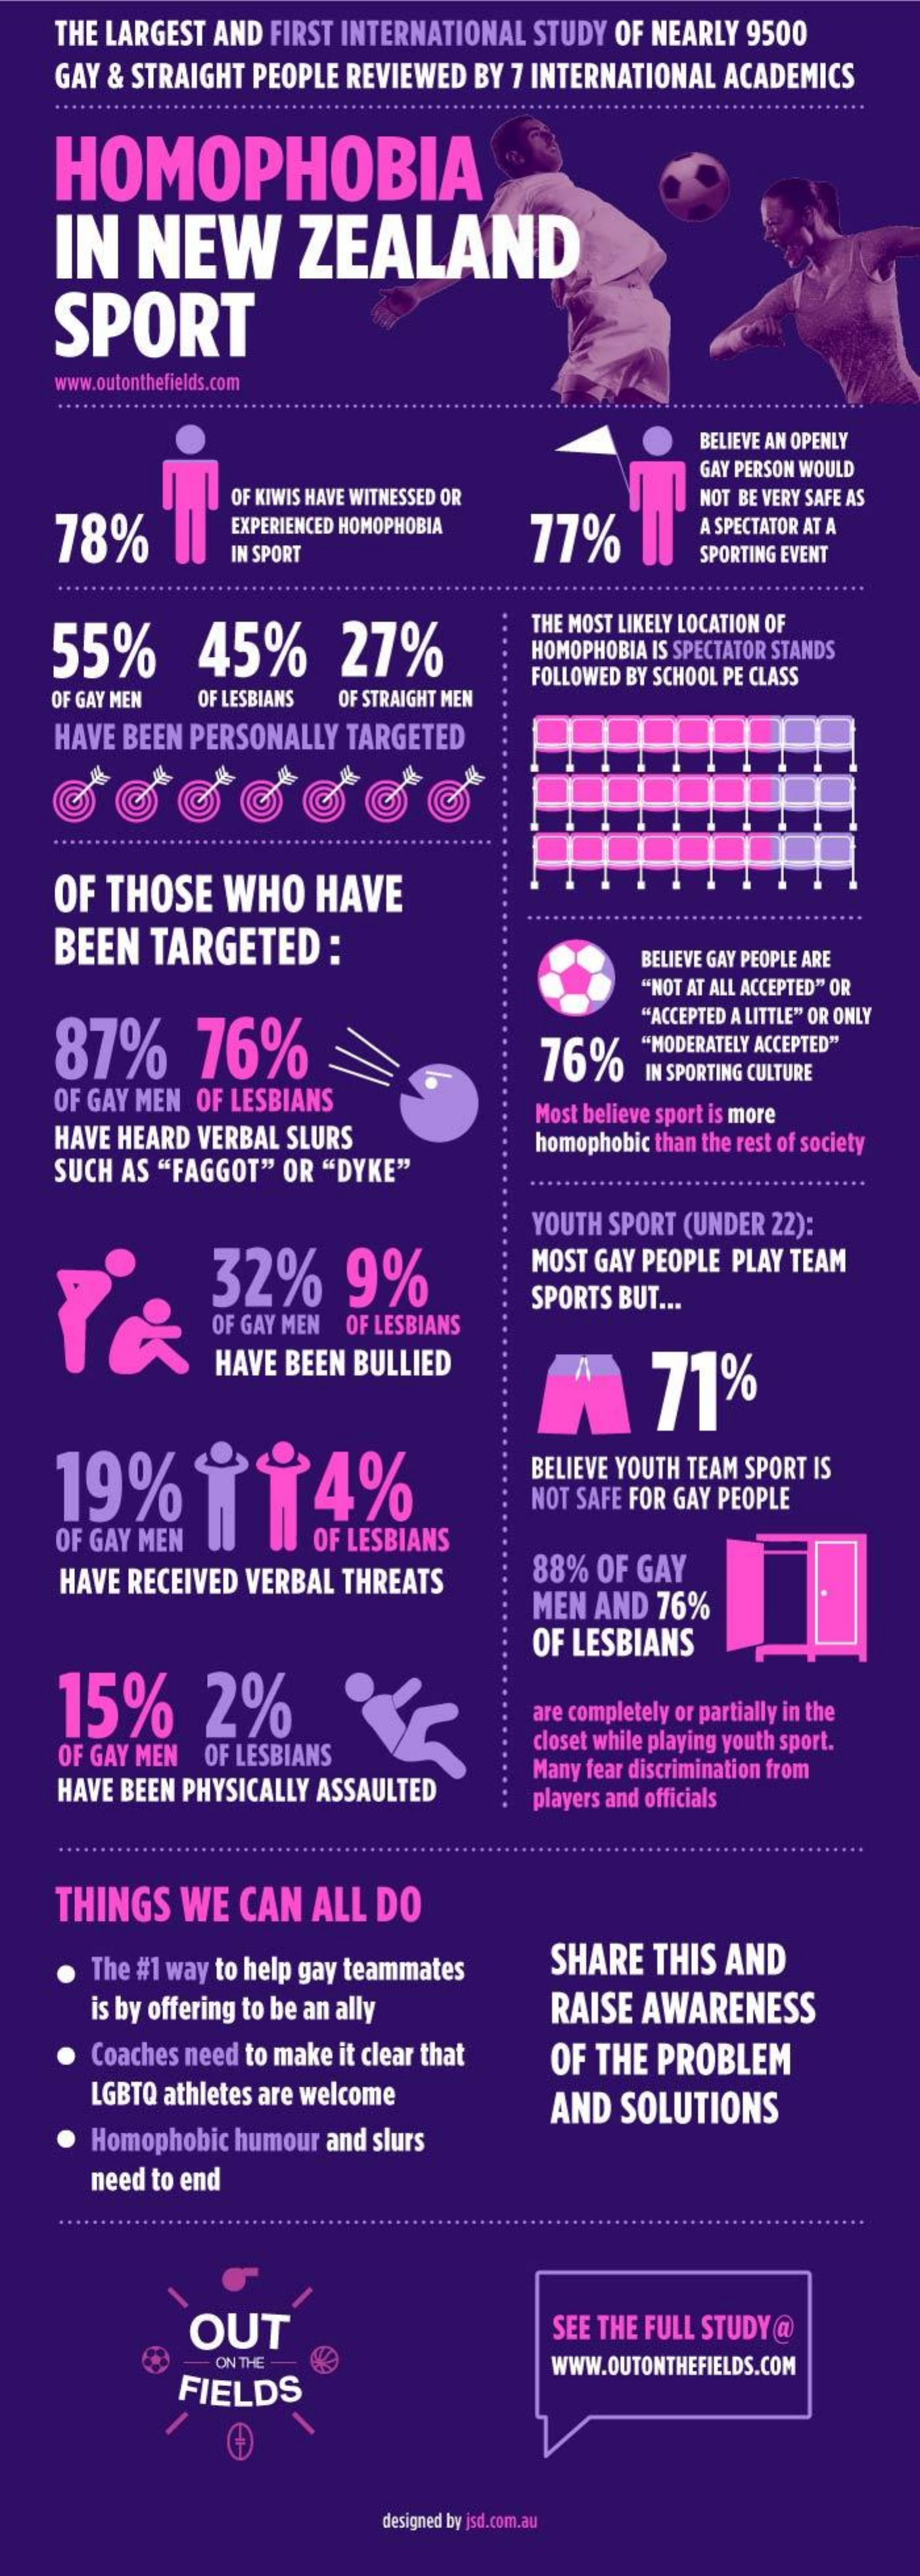
THE LARGEST AND FIRST INTERNATIONAL STUDY OF NEARLY 9500
    GAY & STRAIGHT PEOPLE REVIEWED BY 7 INTERNATIONAL ACADEMICS
    HOMOPHOBIA
    IN  NEW    ZEALAND
    SPORT
    www.outonthefields.com
     BELIEVE AN OPENLY
     GAY PERSON WOULD
     OF KIWIS HAVE WITNESSED OR
     77%
     NOT BE VERY SAFE AS
    78%    EXPERIENCED HOMOPHOBIA    A SPECTATOR AT A
     IN SPORT    SPORTING EVENT
    55%    45%    27%
     THE MOST LIKELY LOCATION OF
     HOMOPHOBIA IS SPECTATOR STANDS
    OF GAY MEN OF LESBIANS OF STRAIGHT MEN
     FOLLOWED BY SCHOOL PE CLASS
    HAVE BEEN PERSONALLY TARGETED
    OF THOSE  WHO   HAVE
    BEEN  TARGETED   :    BELIEVE GAY PEOPLE ARE
     "NOT AT ALL ACCEPTED" OR
    87%    76%
     "ACCEPTED A LITTLE" OR ONLY
     76%
     "MODERATELY ACCEPTED"
    OF GAY MEN OF LESBIANS
     IN SPORTING CULTURE
    HAVE HEARD VERBAL SLURS
     Most believe sport is more
    SUCH AS "FAGGOT" OR "DYKE"
     homophobic than the rest of society
     YOUTH SPORT (UNDER 22):
     32%    9%    MOST GAY PEOPLE PLAY TEAM
     OF GAY MEN OF LESBIANS
     SPORTS BUT ...
     HAVE BEEN BULLIED
     71%
    19%    4   4  4%
     BELIEVE YOUTH TEAM SPORT IS
     NOT SAFE FOR GAY PEOPLE
    OF GAY MEN    OF LESBIANS
    HAVE RECEIVED VERBAL THREATS  88% OF GAY
     MEN AND 76%
     OF LESBIANS
    15%    2%    are completely or partially in the
    OF GAY MEN OF LESBIANS    closet while playing youth sport.
    HAVE BEEN PHYSICALLY ASSAULTED
     Many fear discrimination from
     players and officials
    THINGS  WE CAN  ALL DO
     The #1 way to help gay teammates SHARE THIS AND
     is by offering to be an ally RAISE AWARENESS
     Coaches need to make it clear that OF THE PROBLEM
     LGBTQ athletes are welcome   AND  SOLUTIONS
     Homophobic humour and slurs
     need to end
     OUT    SEE THE FULL STUDY @
     ON THE
     FIELDS
     WWW.OUTONTHEFIELDS.COM
     designed by jsd.com.au